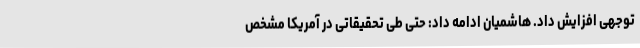
توجهی افزایش داد. هاشمیان ادامه داد: حتی طی تحقیقاتی در آمریکا مشخص